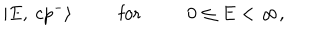
| E , \ c p ^ { - } \rangle \phantom { 0 0 0 0 0 } \mathrm { f o r } \phantom { 0 0 0 0 0 } 0 \leq E < \infty ,